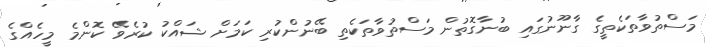
މަސްތުވާތަކެތީގެ ގާނޫނުގައި ބުނާގޮތުން މަސްތުވާތަކެތި ބޭނުންކުރި ކަމަށް ޝައްކު ކުރެވޭ ކޮންމެ މީހެއްގެ